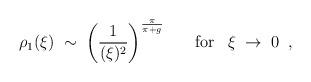
LaTeX: \begin{align*}\rho_1(\xi) \; \sim \; \left( \frac{1}{(\xi)^2} \right)^{\frac{\pi}{\pi+g}}\; \; \; \; \; \; \mbox{for} \; \; \; \xi \; \rightarrow \; 0 \; \; ,\end{align*}